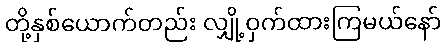
တို့နှစ်ယောက်တည်း လျှို့ဝှက်ထားကြမယ်နော်